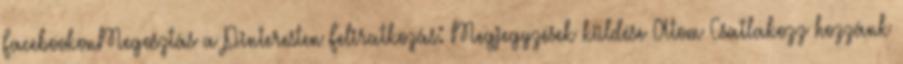
FacebookonMegosztás a Pinteresten Feliratkozás: Megjegyzések küldése Atom Csatlakozz hozzánk